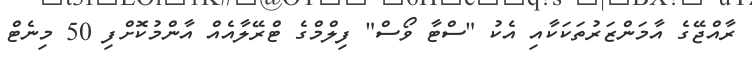
ރާއްޖޭގެ އާމަންޒަރުތަކަކާއި އެކު "ސްޓާ ވޯސް" ފިލްމްގެ ޓްރޭލާއެއް އާންމުކޮށްފި 50 މިނެޓް